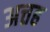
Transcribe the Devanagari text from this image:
अत्तह